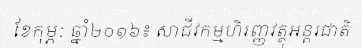
ខែកុម្ភៈ ឆ្នាំ២០១៦៖ សាជីវកម្មហិរញ្ញវត្ថុអន្តរជាតិ